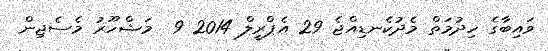
ވައިބާގެ ހިދުމަތް މެދުކެނޑިއްޖެ 29 އެޕްރީލް 2014 9  މަޝްހޫރު މެސެޖިން